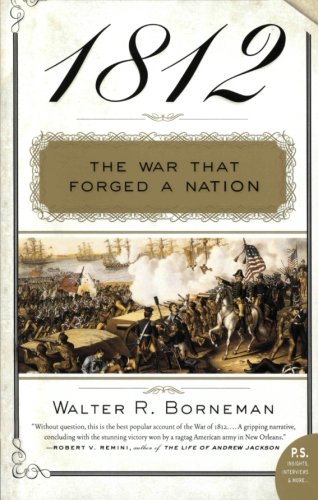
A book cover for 1812: The War That Forged a Nation; Walter R. Borneman; History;